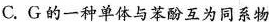
C.G的一种单体与苯酚互为同系物